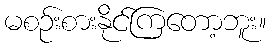
မစဉ်းစားနိုင်ကြတော့ဘူး။